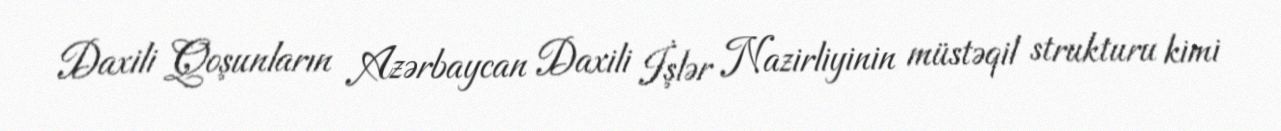
Daxili Qoşunların Azərbaycan Daxili İşlər Nazirliyinin müstəqil strukturu kimi